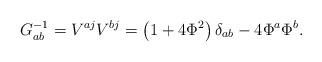
LaTeX: \begin{align*}G_{ab}^{-1}=V^{aj}V^{bj}=\left( 1+4\Phi ^2\right) \delta _{ab}-4\Phi ^a\Phi^b.\end{align*}